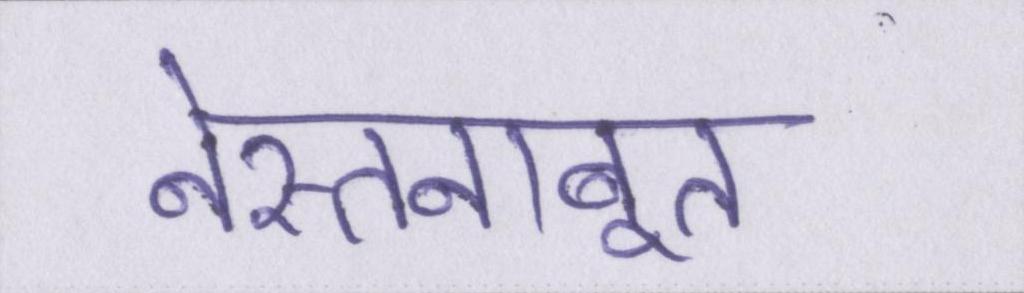
नेस्तनाबूत